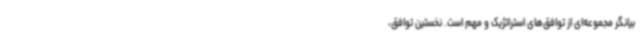
بیانگر مجموعه‌ای از توافق‌های استراتژیک و مهم است. نخستین توافق‌،